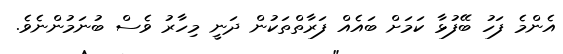
އެންމެ ފަހު ބޭފުޅާ ކަމަށް ބައެއް ފަރާތްތަކުން ދަނީ މިހާރު ވެސް ބުނަމުންނެވެ.